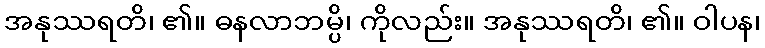
အနုဿရတိ၊ ၏။ ဓနလာဘမ္ပိ၊ ကိုလည်း။ အနုဿရတိ၊ ၏။ ဝါပန၊